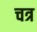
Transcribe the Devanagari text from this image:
चत्र